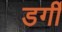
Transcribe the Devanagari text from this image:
डर्गी